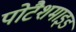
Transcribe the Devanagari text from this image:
पोटैशमाइड